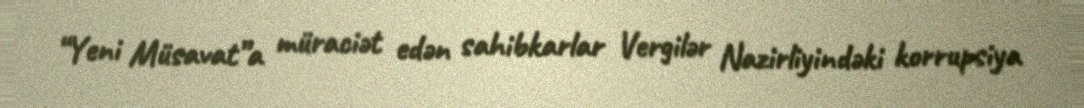
“Yeni Müsavat”a müraciət edən sahibkarlar Vergilər Nazirliyindəki korrupsiya